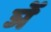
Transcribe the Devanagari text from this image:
ञें